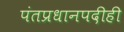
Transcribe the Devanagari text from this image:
पंतप्रधानपदीही